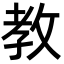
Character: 教